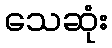
သေဆုံး